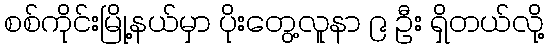
စစ်ကိုင်းမြို့နယ်မှာ ပိုးတွေ့လူနာ ၉ ဦး ရှိတယ်လို့